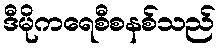
ဒီမိုကရေစီစနစ်သည်